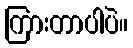
ကြားတာပါပဲ။